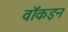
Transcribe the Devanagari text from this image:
वॉकइन